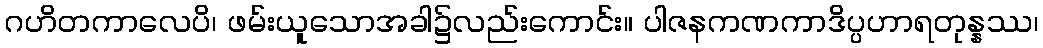
ဂဟိတကာလေပိ၊ ဖမ်းယူသောအခါ၌လည်းကောင်း။ ပါဇနကဏကာဒိပ္ပဟာရတုန္နဿ၊